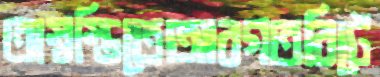
অস্বস্তিতেআবগতরিটে